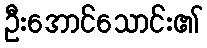
ဦးအောင်သောင်း၏